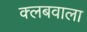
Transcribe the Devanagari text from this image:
क्लबवाला